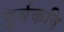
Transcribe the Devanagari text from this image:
पूर्वकवि